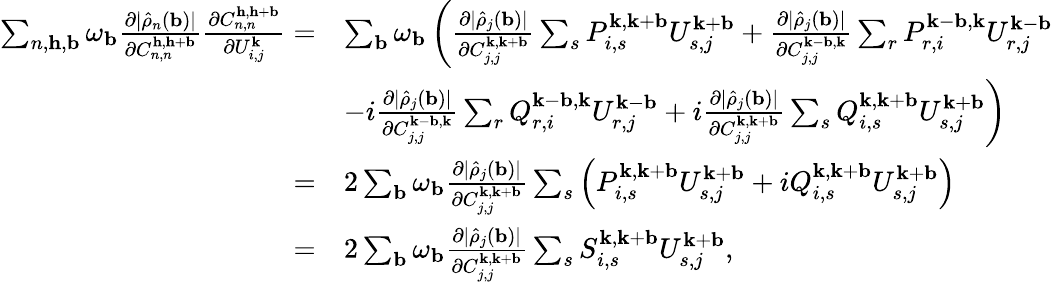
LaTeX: \begin{array}{rl}{\sum_{n,\mathbf{h},\mathbf{b}}\omega_{\mathbf{b}}\frac{\partial|\hat{\rho}_{n}(\mathbf{b})|}{\partial C_{n,n}^{\mathbf{h},\mathbf{h}+\mathbf{b}}}\frac{\partial C_{n,n}^{\mathbf{h},\mathbf{h}+\mathbf{b}}}{\partial U_{i,j}^{\mathbf{k}}}=}&{\sum_{\mathbf{b}}\omega_{\mathbf{b}}\left(\frac{\partial|\hat{\rho}_{j}(\mathbf{b})|}{\partial C_{j,j}^{\mathbf{k},\mathbf{k}+\mathbf{b}}}\sum_{s}P_{i,s}^{\mathbf{k},\mathbf{k}+\mathbf{b}}U_{s,j}^{\mathbf{k}+\mathbf{b}}+\frac{\partial|\hat{\rho}_{j}(\mathbf{b})|}{\partial C_{j,j}^{\mathbf{k}-\mathbf{b},\mathbf{k}}}\sum_{r}P_{r,i}^{\mathbf{k}-\mathbf{b},\mathbf{k}}U_{r,j}^{\mathbf{k}-\mathbf{b}}\right.}\\ &{\left.-i\frac{\partial|\hat{\rho}_{j}(\mathbf{b})|}{\partial C_{j,j}^{\mathbf{k}-\mathbf{b},\mathbf{k}}}\sum_{r}Q_{r,i}^{\mathbf{k}-\mathbf{b},\mathbf{k}}U_{r,j}^{\mathbf{k}-\mathbf{b}}+i\frac{\partial|\hat{\rho}_{j}(\mathbf{b})|}{\partial C_{j,j}^{\mathbf{k},\mathbf{k}+\mathbf{b}}}\sum_{s}Q_{i,s}^{\mathbf{k},\mathbf{k}+\mathbf{b}}U_{s,j}^{\mathbf{k}+\mathbf{b}}\right)}\\ {=}&{2\sum_{\mathbf{b}}\omega_{\mathbf{b}}\frac{\partial|\hat{\rho}_{j}(\mathbf{b})|}{\partial C_{j,j}^{\mathbf{k},\mathbf{k}+\mathbf{b}}}\sum_{s}\left(P_{i,s}^{\mathbf{k},\mathbf{k}+\mathbf{b}}U_{s,j}^{\mathbf{k}+\mathbf{b}}+iQ_{i,s}^{\mathbf{k},\mathbf{k}+\mathbf{b}}U_{s,j}^{\mathbf{k}+\mathbf{b}}\right)}\\ {=}&{2\sum_{\mathbf{b}}\omega_{\mathbf{b}}\frac{\partial|\hat{\rho}_{j}(\mathbf{b})|}{\partial C_{j,j}^{\mathbf{k},\mathbf{k}+\mathbf{b}}}\sum_{s}S_{i,s}^{\mathbf{k},\mathbf{k}+\mathbf{b}}U_{s,j}^{\mathbf{k}+\mathbf{b}},}\end{array}